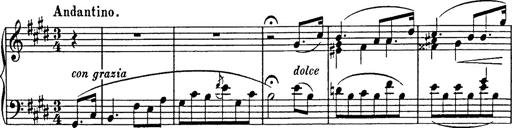
Title: Consolations
Composer: Franz Liszt